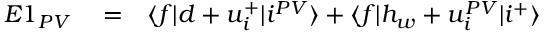
\begin{array} { r l r } { E 1 _ { P V } } & { { } = } & { \langle f | d + u _ { i } ^ { + } | i ^ { P V } \rangle + \langle f | h _ { w } + u _ { i } ^ { P V } | i ^ { + } \rangle } \end{array}